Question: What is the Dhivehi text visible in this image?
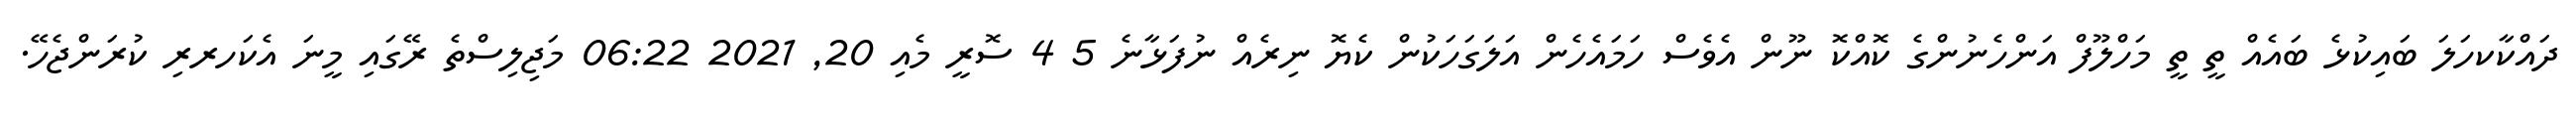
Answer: ދައްކާކހަލަ ބައިކުޅެ ބައެއް ތީ ތީ މަހްލޫފް އަންހެނުންގެ ކޮއްކޮ ނޫން އެވެސް ހަމައެހެން އަލަގަހަކުން ކެޔޮ ނިރެއް ނުފަޅާނެ 5 4 ސޮރީ މެއި 20, 2021 06:22 މަޖިލިސްތެ ރޭގައި މީނަ އެކަހރރި ކުރަންޖެހޭ.